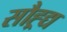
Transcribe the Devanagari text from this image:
सौह्र्द्य